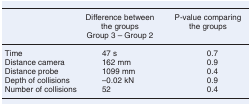
|  | Difference between the groups Group 3 – Group 2 | P-value comparing the groups |
 | --- | --- | --- |
 | Time | 47 s | 0.7 |
 | Distance camera | 162 mm | 0.9 |
 | Distance probe | 1099 mm | 0.4 |
 | Depth of collisions | –0.02 kN | 0.9 |
 | Number of collisions | 52 | 0.4 |